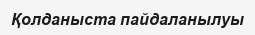
Қолданыста пайдаланылуы